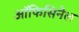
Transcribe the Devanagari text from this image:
ऑफिसिनैल